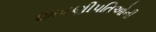
છાવણીપતિઓની